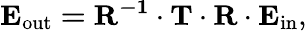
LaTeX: \mathbf{E_{\mathrm{{out}}}=R^{-1}\cdot T\cdot R\cdot E_{\mathrm{{in}}}},